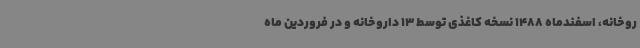
روخانه، اسفندماه 1488 نسخه کاغذی توسط 13 داروخانه و در فروردین ماه